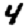
Digit: 4